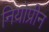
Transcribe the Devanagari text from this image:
नियोप्रीन